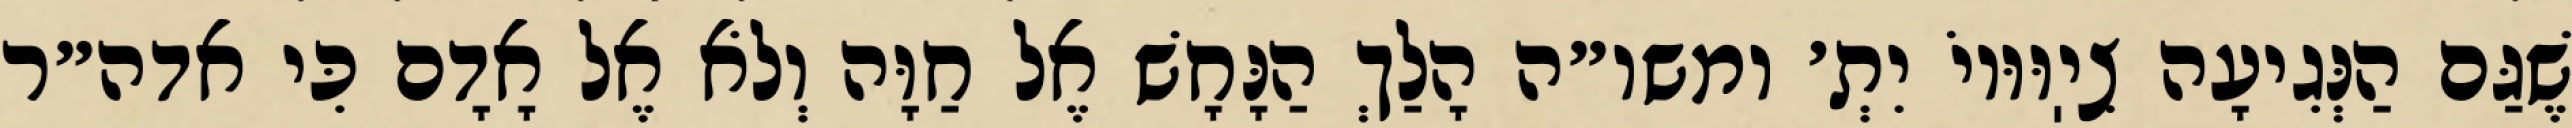
שֶׁגַּם הַנְּגִיעָה צִיֽוּוּיוֹ יִתְ׳ ומשו״ה הָלַךְ הַנָּחָשׁ אֶל חַוָּה וְלֹא אֶל אָדָם כִּי אדה״ר